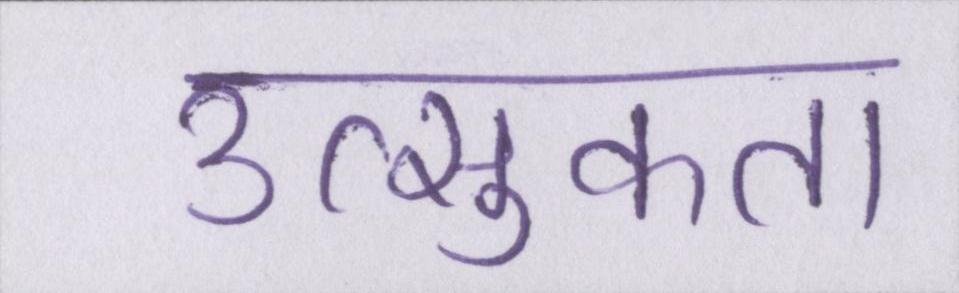
उत्सुकता